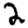
Digit: 2